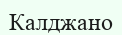
Калджано